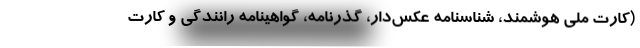
(کارت ملی هوشمند، شناسنامه عکس‌دار، گذرنامه، گواهینامه رانندگی و کارت